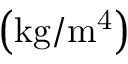
\left( \mathrm { { k g / m ^ { 4 } } } \right)